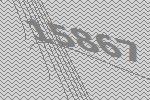
15867